King Institute of Preventive Medicine Bacteriolog. Section reports 1907-08
Year: 1907
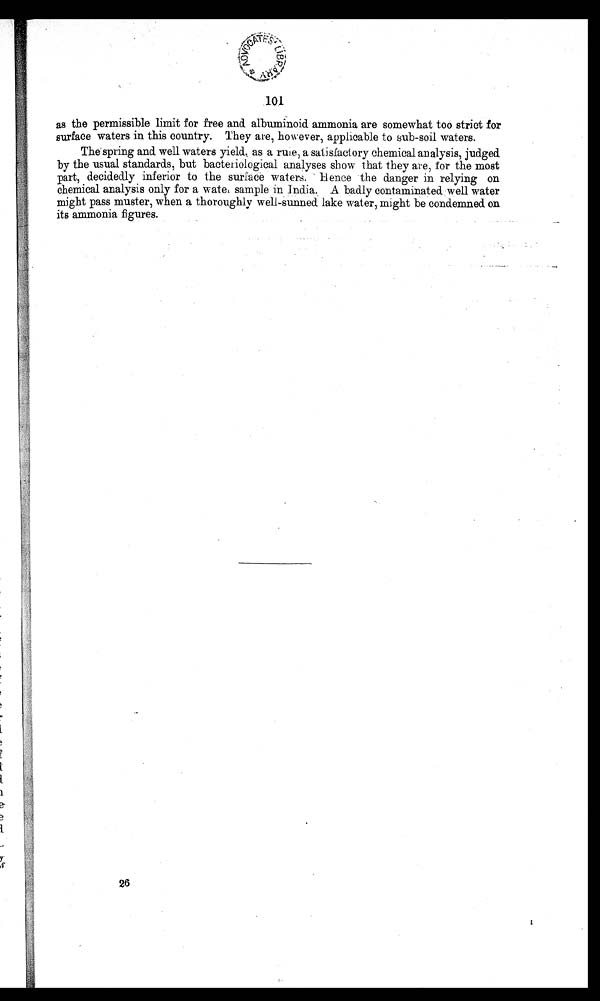
101
as the permissible limit for free and. albuminoid ammonia are somewhat too strict for
surface waters in this country. They are, however, applicable to sub-soil waters.
The spring and well waters yield, as a rule, a satisfactory chemical analysis, judged
by the usual standards, but bacteriological analyses show that they are, for the most
part, decidedly inferior to the surface waters. Hence the danger in relying on
chemical analysis only for a water sample in India. A badly contaminated well water
might pass muster, when a thoroughly well-sunned lake water, might be condemned on
its ammonia figures.
26